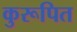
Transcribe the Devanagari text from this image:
कुरूपित